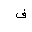
Letter: _fa